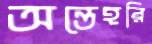
অন্তেহরি